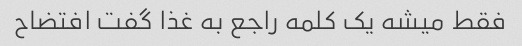
فقط میشه یک کلمه راجع به غذا گفت افتضاح